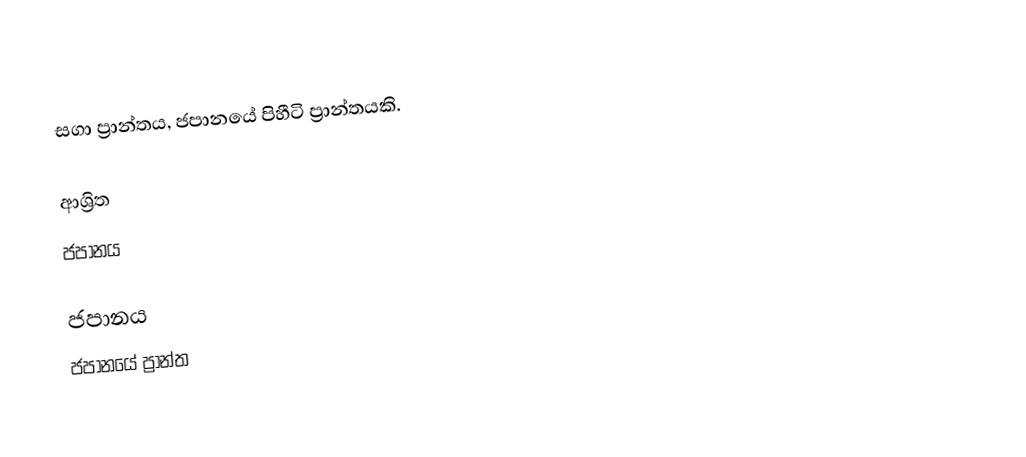
සගා ප්‍රාන්තය, ජපානයේ පිහීටි ප්‍රාන්තයකි.

ආශ්‍රිත
 ජපානය

ජපානය
ජපානයේ ප්‍රාන්ත